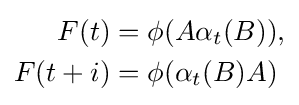
{\begin{aligned}F(t)&=\phi (A\alpha _{t}(B)),\\F(t+i)&=\phi (\alpha _{t}(B)A)\end{aligned}}